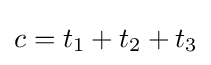
c=t_{1}+t_{2}+t_{3}